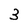
Character: 3